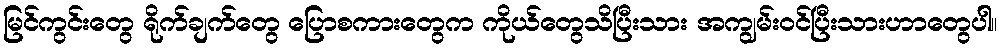
မြင်ကွင်းတွေ ရိုက်ချက်တွေ ပြောစကားတွေက ကိုယ်တွေသိပြီးသား အကျွမ်းဝင်ပြီးသားဟာတွေပါ။